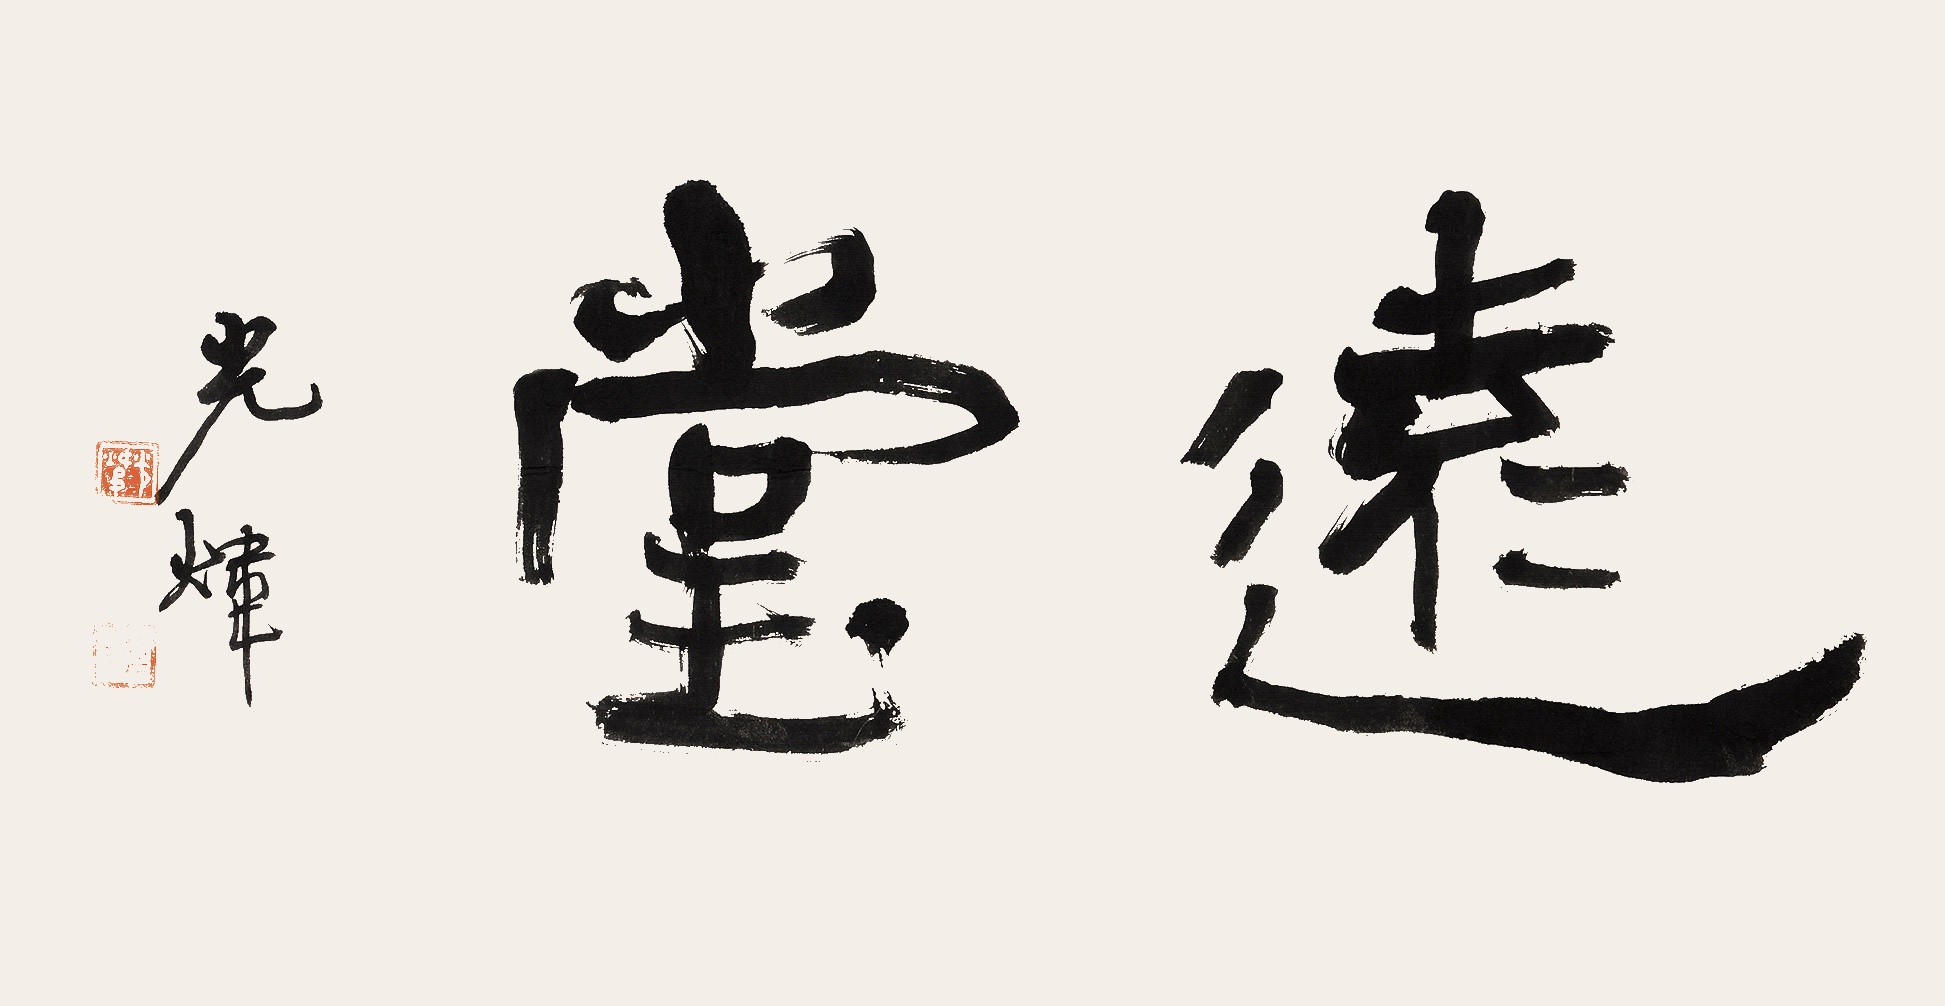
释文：远堂，光炜。